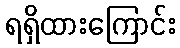
ရရှိထားကြောင်း